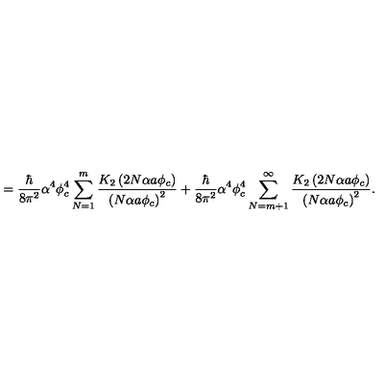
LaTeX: = \frac { \hbar } { 8 \pi ^ { 2 } } \alpha ^ { 4 } \phi _ { c } ^ { 4 } \sum _ { N = 1 } ^ { m } \frac { K _ { 2 } \left( 2 N \alpha a \phi _ { c } \right) } { \left( N \alpha a \phi _ { c } \right) ^ { 2 } } + \frac { \hbar } { 8 \pi ^ { 2 } } \alpha ^ { 4 } \phi _ { c } ^ { 4 } \sum _ { N = m + 1 } ^ { \infty } \frac { K _ { 2 } \left( 2 N \alpha a \phi _ { c } \right) } { \left( N \alpha a \phi _ { c } \right) ^ { 2 } } .